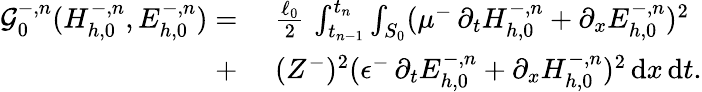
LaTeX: \begin{array}{rl}{\mathcal{G}_{0}^{-,n}(H_{h,0}^{-,n},E_{h,0}^{-,n})=}&{\, \, \frac{\ell_{0}}{2}\, \int_{t_{n-1}}^{t_{n}}\int_{S_{0}}(\mu^{-}\, \partial_{t}H_{h,0}^{-,n}+\partial_{x}E_{h,0}^{-,n})^{2}}\\ {+}&{\, \, (Z^{-})^{2}(\epsilon^{-}\, \partial_{t}E_{h,0}^{-,n}+\partial_{x}H_{h,0}^{-,n})^{2}\, \mathrm{d}x\, \mathrm{d}t.}\end{array}